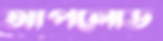
আপলোড